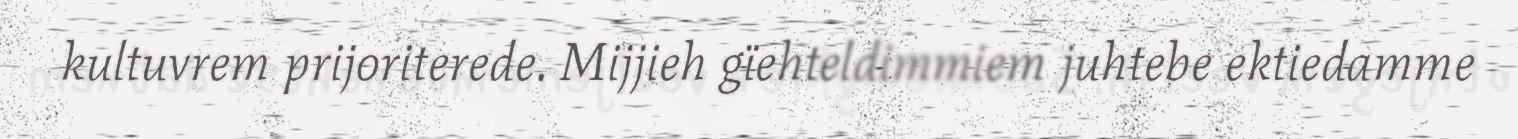
kultuvrem prijoriterede. Mijjieh gïehteldimmiem juhtebe ektiedamme